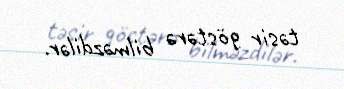
təsir göstərə bilməzdilər.